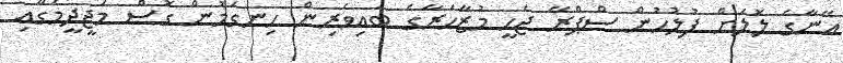
އޭނާގެ ލޮލަށް ފުލުހުން ސްޕްރޭ ޖެހީ މުޒާހަރާގެ ބައިވެރިން ހިނގަމުން ގޮސް މަޖީދީމަގާއި